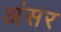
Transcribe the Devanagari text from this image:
अंसर